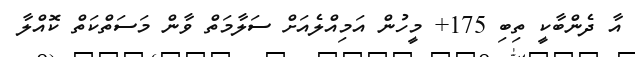
އާ ދެންބާކީ ތިބި 175+ މީހުން އަމިއްލެއަށް ސަލާމަތް ވާން މަސަތްކަތް ކޮއްލާ